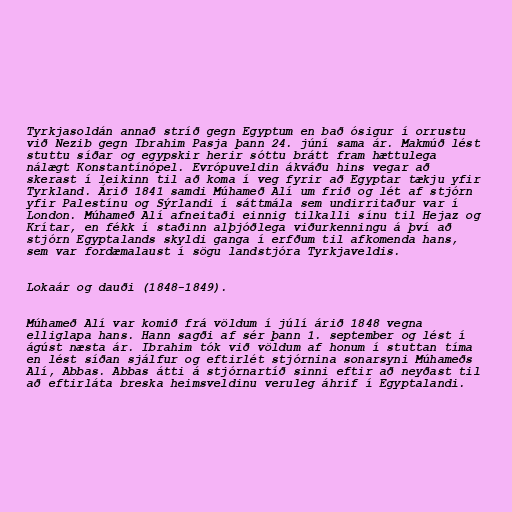
Tyrkjasoldán annað stríð gegn Egyptum en bað ósigur í orrustu
við Nezib gegn Ibrahim Pasja þann 24. júní sama ár. Makmúð lést
stuttu síðar og egypskir herir sóttu brátt fram hættulega
nálægt Konstantínópel. Evrópuveldin ákváðu hins vegar að
skerast í leikinn til að koma í veg fyrir að Egyptar tækju yfir
Tyrkland. Árið 1841 samdi Múhameð Alí um frið og lét af stjórn
yfir Palestínu og Sýrlandi í sáttmála sem undirritaður var í
London. Múhameð Alí afneitaði einnig tilkalli sínu til Hejaz og
Krítar, en fékk í staðinn alþjóðlega viðurkenningu á því að
stjórn Egyptalands skyldi ganga í erfðum til afkomenda hans,
sem var fordæmalaust í sögu landstjóra Tyrkjaveldis.

Lokaár og dauði (1848-1849).

Múhameð Alí var komið frá völdum í júlí árið 1848 vegna
elliglapa hans. Hann sagði af sér þann 1. september og lést í
ágúst næsta ár. Ibrahim tók við völdum af honum í stuttan tíma
en lést síðan sjálfur og eftirlét stjórnina sonarsyni Múhameðs
Alí, Abbas. Abbas átti á stjórnartíð sinni eftir að neyðast til
að eftirláta breska heimsveldinu veruleg áhrif í Egyptalandi.